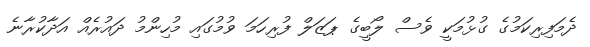
ދެމަފިރިކަމުގެ ގުޅުމަކީ ވެސް ލޯބީގެ ޕަޒަލް ފުރިހަމަ ވުމުގައި މުހިންމު ދައުރެއް އަދާކުރާނެ